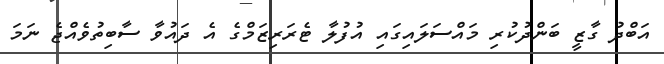
އަބްދު ގާޒީ ބަންދުކުރި މައްސަލައިގައި އުފުލާ ޓެރަރިޒަމްގެ އެ ދައުވާ ސާބިތުވެއްޖެ ނަމަ